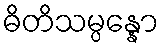
ဓိတိသမ္ပန္နော